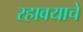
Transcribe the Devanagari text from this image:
रहावयाचे